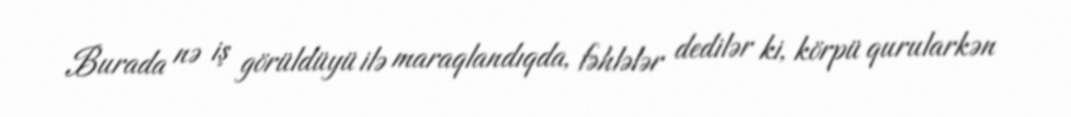
Burada nə iş görüldüyü ilə maraqlandıqda, fəhlələr dedilər ki, körpü qurularkən